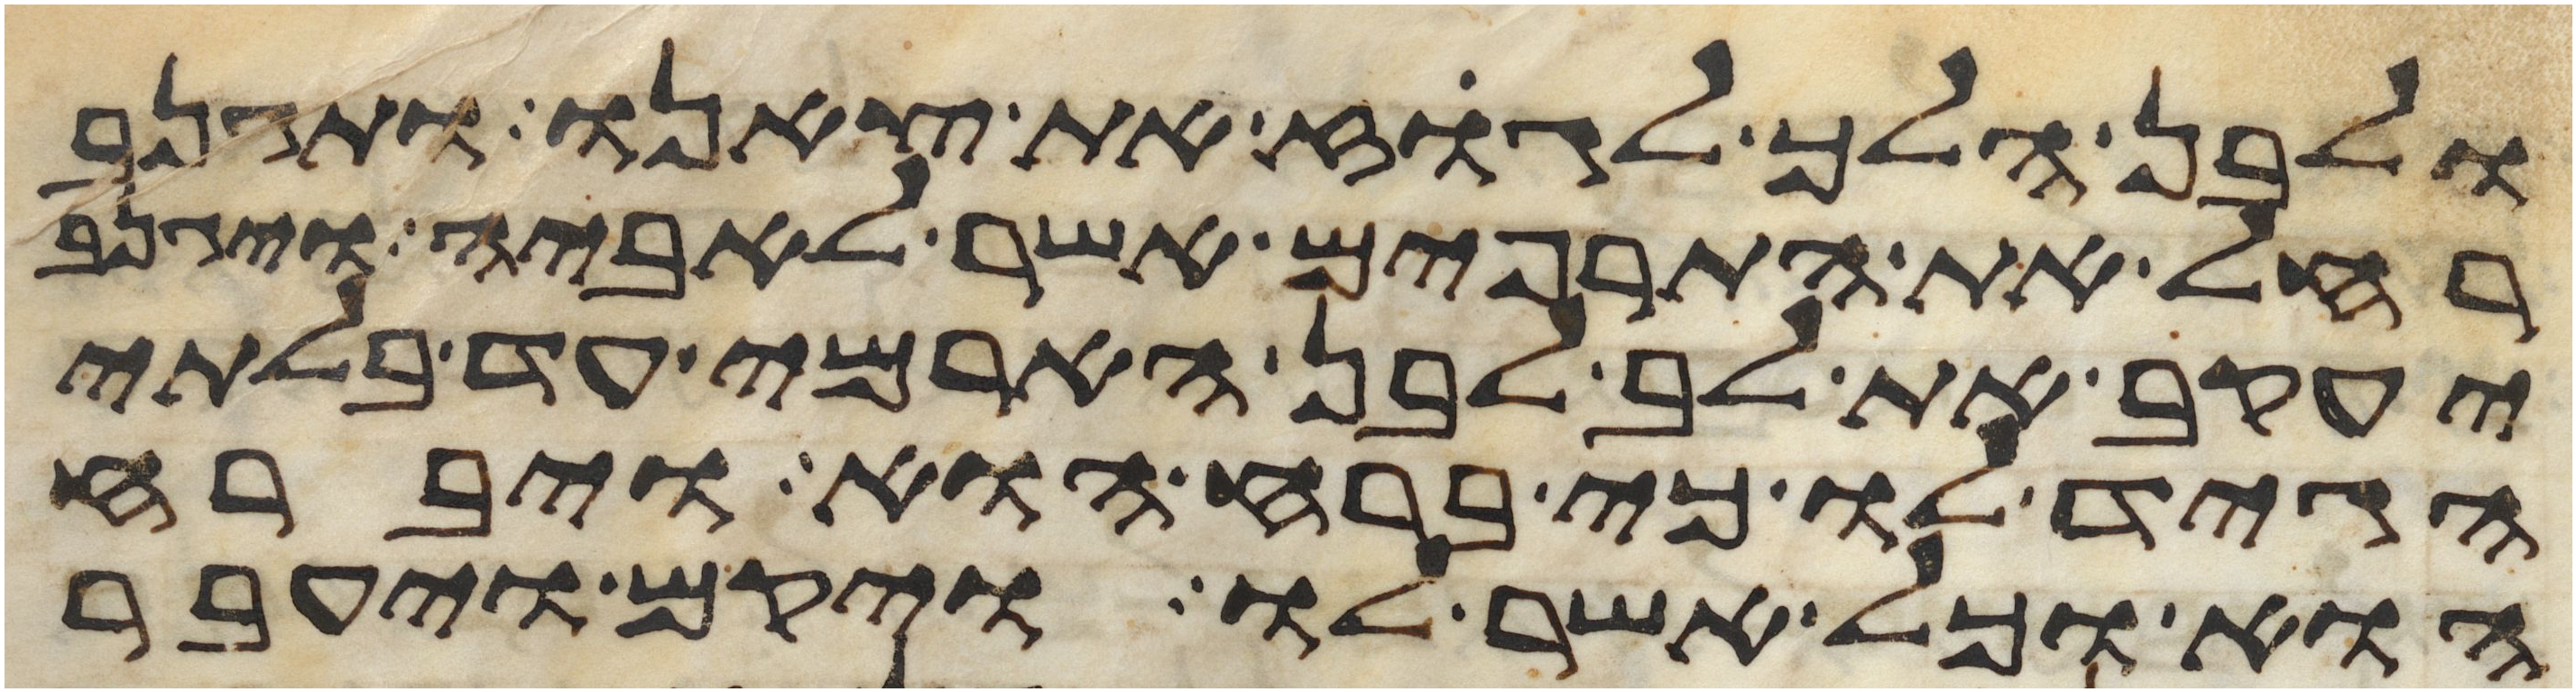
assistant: ולבן הלך לגוז את צאנו ותגנב
רחל את התרפים אשר לאביה ויגנב
יעקב את לב לבן הארמי עד בלתי
הגיד לו כי ברח הוא ויברח
הוא וכל אשר לו ויקם ויעבר